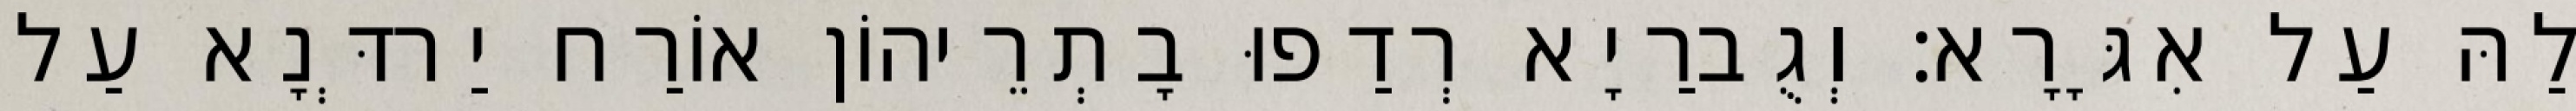
לַהּ עַל אִגָּרָא׃ וְגֻברַיָא רְדַפוּ בָתְרֵיהוֹן אוֹרַח יַרדְּנָא עַל